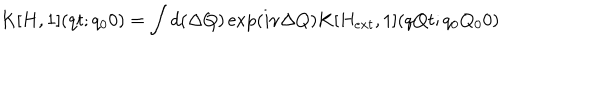
K [ H , 1 ] ( q t ; q _ { 0 } 0 ) = \int d ( \Delta Q ) \exp ( i \nu \Delta Q ) K [ H _ { e x t } , 1 ] ( q Q t ; q _ { 0 } Q _ { 0 } 0 )